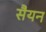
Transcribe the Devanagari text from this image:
सैयन